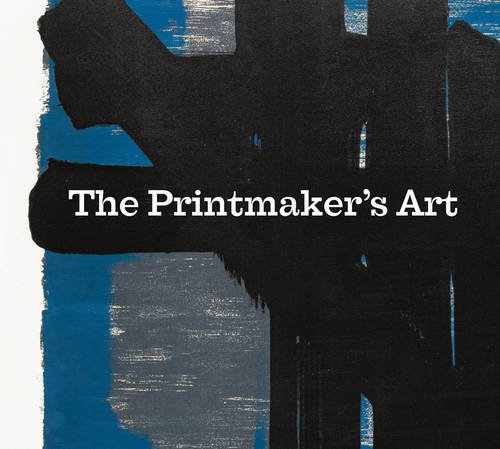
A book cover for The Printmaker's Art; Hannah Brocklehurst; Arts & Photography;